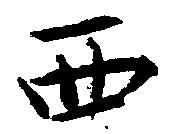
西